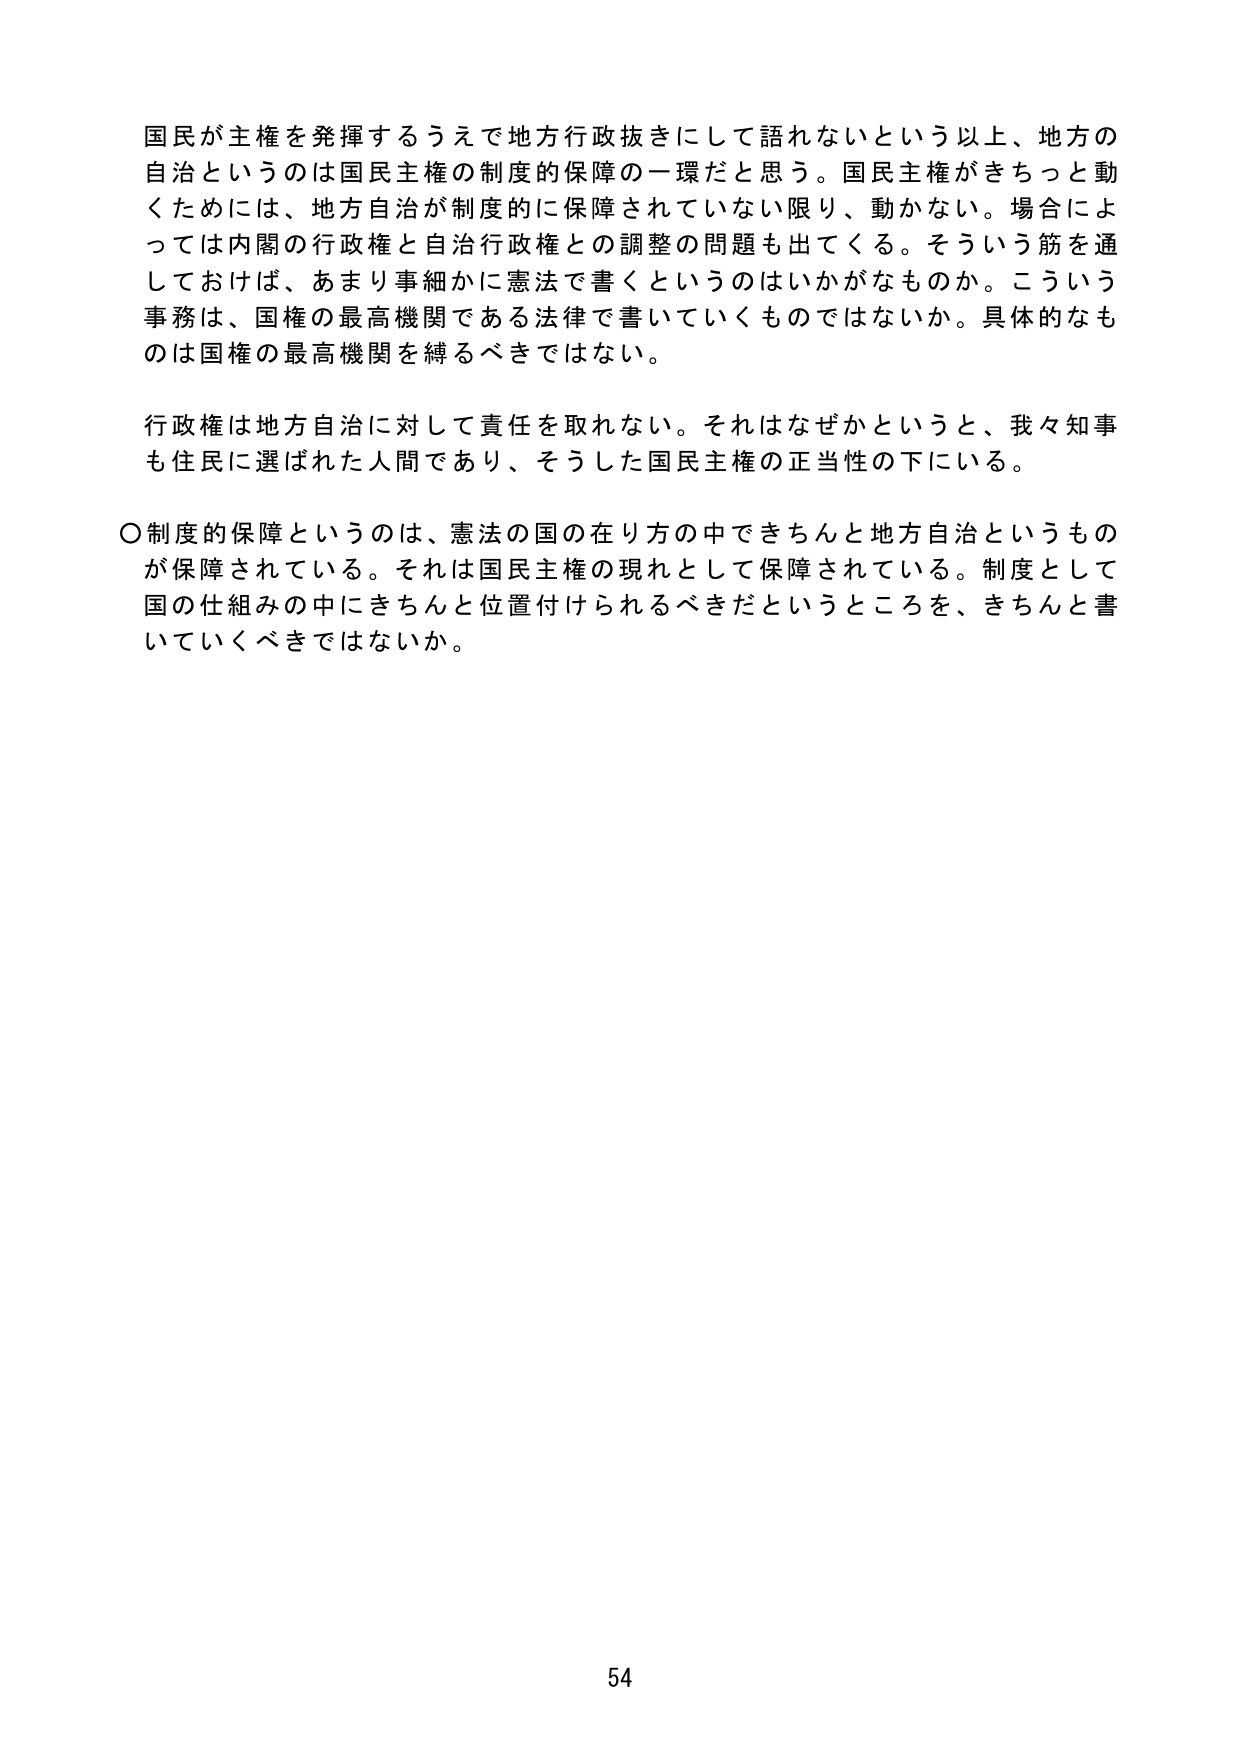
国民が主権を発揮するうえで地方行政抜きにして語れないという以上、地方の
自治というのは国民主権の制度的保障の一環だと思う。国民主権がきちっと動
くためには、地方自治が制度的に保障されていない限り、動かない。場合によ
っては内閣の行政権と自治行政権との調整の問題も出てくる。そういう筋を通
しておけば、あまり事細かに憲法で書くというのはいかがなものか。こういう
事務は、国権の最高機関である法律で書いていくものではないか。具体的なも
のは国権の最高機関を縛るべきではない。

行政権は地方自治に対して責任を取れない。それはなぜかというと、我々知事
も住民に選ばれた人間であり、そうした国民主権の正当性の下にいる。

〇制度的保障というのは、憲法の国の在り方の中できちんと地方自治というも
のが保障されている。それは国民主権の現れとして保障されている。制度として
国の仕組みの中にきちんと位置付けられるべきだというところを、きちんと書
いていくべきではないか。

54